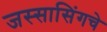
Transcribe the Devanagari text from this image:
जस्सासिंगचे